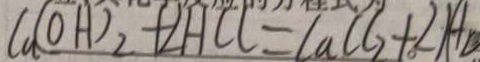
C a ( O H ) _ { 2 } + 2 H C l = C a C l _ { 2 } + 2 ( H O